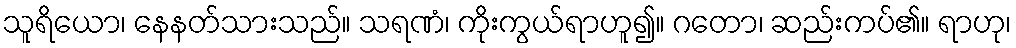
သူရိယော၊ နေနတ်သားသည်။ သရဏံ၊ ကိုးကွယ်ရာဟူ၍။ ဂတော၊ ဆည်းကပ်၏။ ရာဟု၊